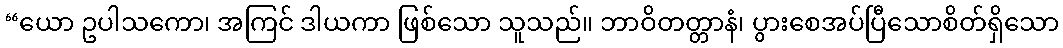
“ယော ဥပါသကော၊ အကြင် ဒါယကာ ဖြစ်သော သူသည်။ ဘာဝိတတ္တာနံ၊ ပွားစေအပ်ပြီသောစိတ်ရှိသော